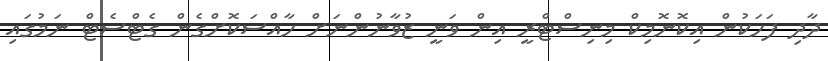
ދާދި ފަހަކުން އިކޮނޮމިކް މިނިސްޓްރީ އިން ވަނީ ޒުވާނުންނަށް ހާއްސަކޮށްގެން ގެޓްސެޓް ނަމުގައި